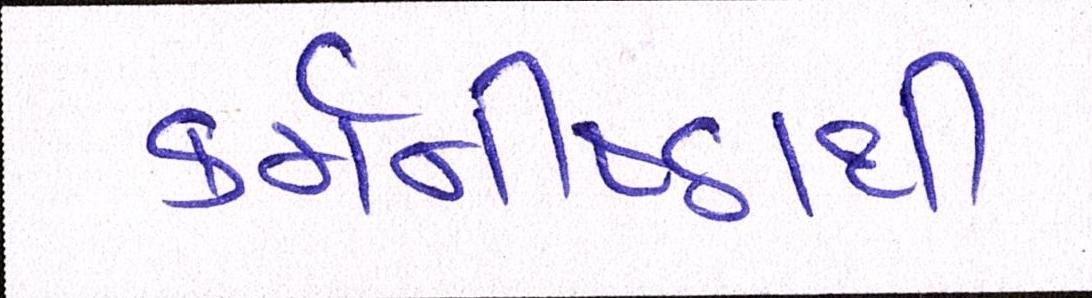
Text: કર્મનીષ્ઠાથી